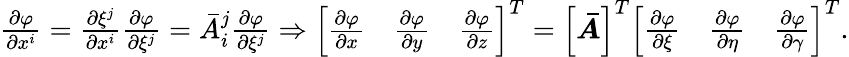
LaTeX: \begin{array}{r}{\frac{\partial\varphi}{\partial x^{i}}=\frac{\partial\xi^{j}}{\partial x^{i}}\frac{\partial\varphi}{\partial\xi^{j}}=\bar{A}_{i}^{j}\frac{\partial\varphi}{\partial\xi^{j}}\Rightarrow\left[\begin{array}{lll}{\frac{\partial\varphi}{\partial x}}&{\frac{\partial\varphi}{\partial y}}&{\frac{\partial\varphi}{\partial z}}\end{array}\right]^{T}=\left[\boldsymbol{\bar{A}}\right]^{T}\left[\begin{array}{lll}{\frac{\partial\varphi}{\partial\xi}}&{\frac{\partial\varphi}{\partial\eta}}&{\frac{\partial\varphi}{\partial\gamma}}\end{array}\right]^{T}.}\end{array}